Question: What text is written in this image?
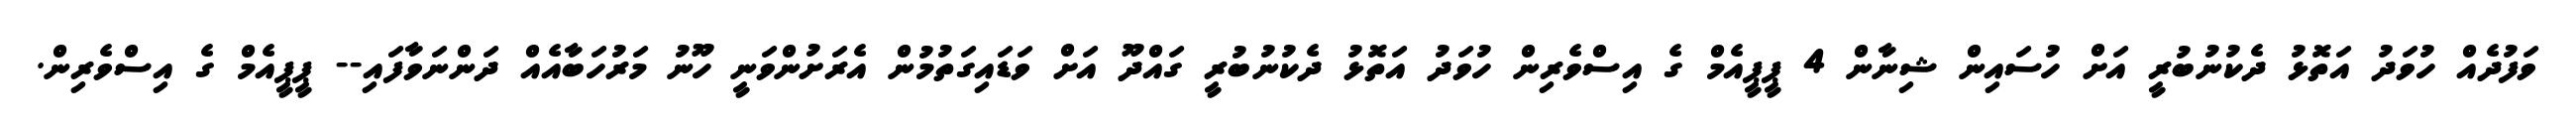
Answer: ވަފުދެއް ހުވަދު އަތޮޅު ދެކުނުބުރީ އަށް ހުސައިން ޝިނާން 4 ޕީޕީއެމް ގެ އިސްވެރިން ހުވަދު އަތޮޅު ދެކުނުބުރީ ގައްދޫ އަށް ވަޑައިގަތުމުން އެރަށުންވަނީ ހޫނު މަރުހަބާއެއް ދަންނަވާފައި-- ޕީޕީއެމް ގެ އިސްވެރިން.